Vaccination in Bombay 1913-1923 - 1913-1923
Year: 1913
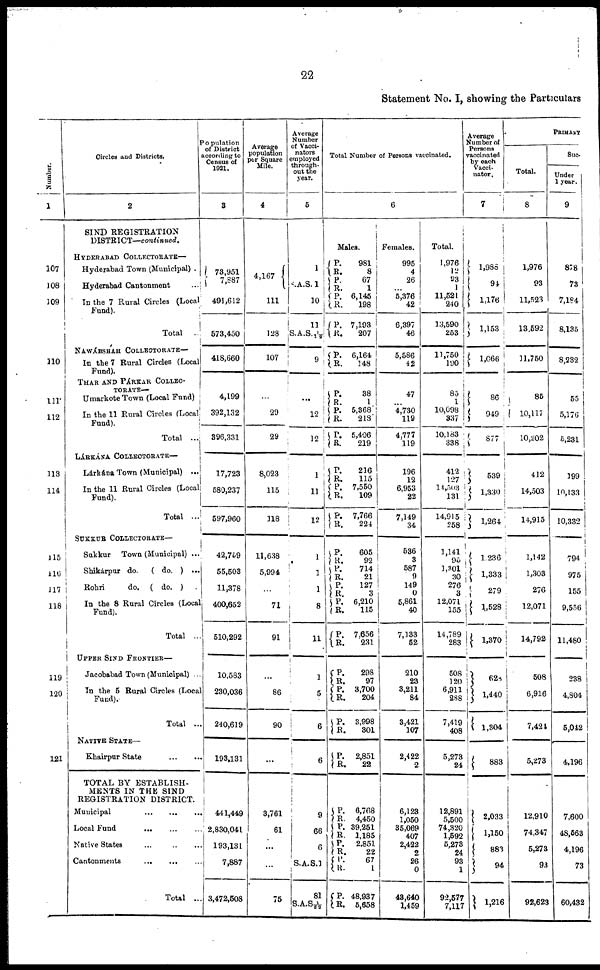
22
Statement No. I, showing the Particulars
Number.
1
107
108
109
110
111
112
113
114
115
116
117
118
119
120
121
Circles and Districts.
2
SIND REGISTRATION
DISTRICT—continued.
HYDERABAD COLLECTORATE—
Hyderabad Town (Municipal) .
Hyderabad Cantonment ...
In the 7 Rural Circles (Local
Fund).
Total ...
NAWÁBSHAH COLLECTORATE—
In the 7 Rural Circles (Local
Fund).
THAR AND PÁRKAR COLLEC¬
TORATE—
Umarkote Town (Local Fund)
In the 11 Rural Circles (Local
Fund).
Total ...
LÁRKÁNA COLLECTORATE—
Lárkána Town (Municipal) ...
In the 11 Rural Circles (Local
Fund).
Total ...
SUKKUR COLLECTORATE—
Sukkur Town (Municipal) ...
Shikárpur do.
( do. ) ...
Rohri
do. ( do. )
In the 8 Rural Circles (Local
Fund).
Total ..
UPPER SIND FRONTIER—
Jacobabad Town (Municipal) ...
In the 5 Rural Circles (Local
Fund).
Total ...
NATIVE STATE—
Khairpur State
...
...
TOTAL BY ESTABLISH¬
MENTS IN THE SIND
REGISTRATION DISTRICT.
Municipal
...
...
...
Local Fund
...
...
...
Native States ... ... ...
Cantonments
...
...
...
Total ...
Population
of District
according to
Census of
1921.
3
73,951
7,887
491,612
573,450
418,660
4,199
392,132
396,331
17,723
580,237
597,960
42,759
55,503
11,378
400,652
510,292
10,583
230,036
240,619
193,131
441,449
2,830,041
193,131
7,887
3,472,508
Average
population
per Square
Mile.
4
4,167
111
128
107
...
29
29
8,023
115
118
11,638
5,994
...
71
91
...
86
90
...
3,761
61
...
...
75
Average
Number
of Vacci¬
nators
employed
through-
out the
year.
5
1
S.A.S. 1
10
1 1
S.A.S.1/12
9
...
12
12
1
11
12
1
1
1
8
11
1
5
6
6
9
66
6
S.A.S.1
81
S.A.S1/82
Total Number of Persons vaccinated.
6
Males.
P.
R.
P.
R.
P.
R.
P.
R.
981
8
67
1
6,145
198
7,193
207
P.
R.
6,164
148
P.
R.
P.
R.
P.
R.
38
1
5,368
218
5,406
219
P.
R.
P.
R.
P.
R.
216
115
7,550
109
7,766
224
P.
R.
P.
R.
P.
R. P.
R.
P.
R.
605
92
714
21
127
3
6,210
115
7,656
231
P.
R.
P.
R.
P.
R.
298
97
3,700
204
3,998
301
P.
R.
2,851
22
P.
R. P.
R.
P.
R.
P.
R.
P.
R.
8,768
4,450
39,251
1,185
2,851
22
67
1
48,937
5,658
Females.
995
4
26
...
5,376
42
6,397
46
5,586
42
47
...
4,730
119
4,777
119
196
12
6,953
22
7,149
34
536
3
587
9
149
0
5,861
40
7,133
52
210
23
3,211
84
3,421
107
2,422
2
6,123
1,050
35,069
407
2,422
2
26
0
43,640
1,459
Total.
1,976
12
93
1
11,521
240
13,590
253
11,750
190
85
1
10,098
337
10,183
338
412
127
14,503
131
14,915
258
1,141
95
1,301
30
276
3
12,071
155
14,789
283
508
120
6,911
288
7,419
408
5,273
24
12,891
5,500
74,320
1,592
5,273
24
93
1
92 577
7,117
Average
Number of
Persons
vaccinated
by each
Vacci¬
nator.
7
1,988
94
1,176
1,153
1,066
86
949
877
539
1,330
1,264
1,236
1,333
279
1,528
1,370
628
1,440
1,304
883
2,033
1,150
883
94
1,216
PRIMARY
Total.
8
1,976
93
11,523
13,592
11,750
85
10,117
10,202
412
14,503
14,915
1,142
1,303
276
12,071
14,792
508
6,916
7,424
5,273
12,910
74,347
5,273
93
92,623
Suc¬
Under
1 year.
9
878
73
7,184
8,135
8,232
55
5,176
5,231
199
10,133
10,332
794
975
155
9,556
11,480
238
4,804
5,042
4,196
7,600
48,563
4,196
73
60,432